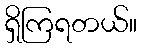
ရှိကြရတယ်။